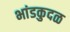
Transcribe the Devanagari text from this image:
भांडकुदळ